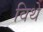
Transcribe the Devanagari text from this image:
विथे